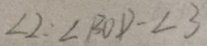
\angle 2 = \angle B O D - \angle 3